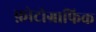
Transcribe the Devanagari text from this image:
फ़ोटोग्राफिक